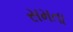
સમતા